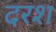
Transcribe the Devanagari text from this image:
दरश